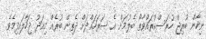
ނިހާން ބުރިޖް ހުރަސްކުރައްވާތޯ ބެލުމަށް އެ ސަރަހައްދަށް ދެތިން ބުރެއް މިއަދު ޖަހާލައިފިމެވެ.